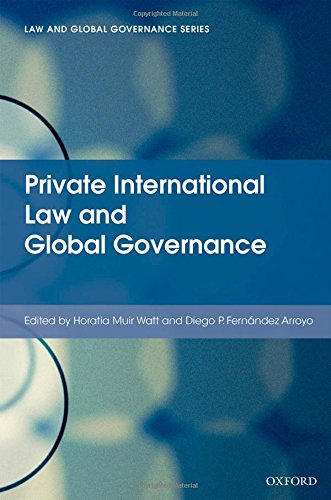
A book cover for Private International Law and Global Governance; Law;